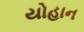
યોહાન